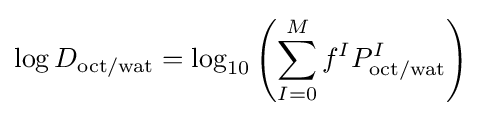
\log D_{\text{oct/wat}}=\log _{10}\left(\sum _{I=0}^{M}f^{I}P_{\text{oct/wat}}^{I}\right)